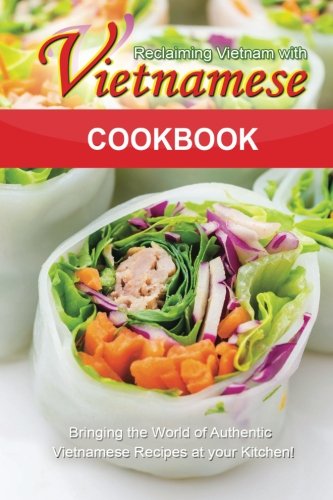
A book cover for Reclaiming Vietnam with Vietnamese Cookbook: Bringing the World of Authentic Vietnamese Recipes at your Kitchen!!; Bobby Flatt; Cookbooks, Food & Wine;